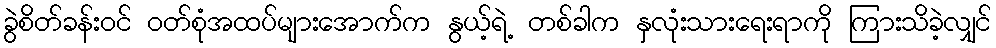
ခွဲစိတ်ခန်းဝင် ဝတ်စုံအထပ်များအောက်က နွယ့်ရဲ့ တစ်ခါက နှလုံးသားရေးရာကို ကြားသိခဲ့လျှင်